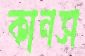
কানস